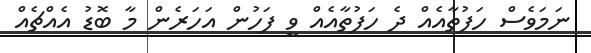
ނަމަވެސް ހަފުތާއެއް ދެ ހަފުތާއެއް ވީ ފަހުން އަހަރެން މާ ބޮޑު އެއްޗެއް